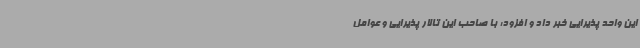
این واحد پذیرایی خبر داد و افزود: با صاحب این تالار پذیرایی و عوامل